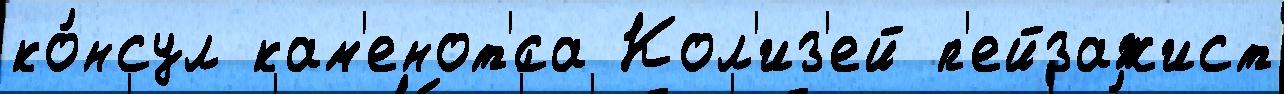
ко́нсул кам'енот'́са Кол'из'ей п'ейзажист